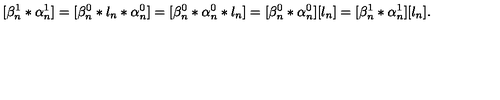
[ \beta _ { n } ^ { 1 } * \alpha _ { n } ^ { 1 } ] = [ \beta _ { n } ^ { 0 } * l _ { n } * \alpha _ { n } ^ { 0 } ] = [ \beta _ { n } ^ { 0 } * \alpha _ { n } ^ { 0 } * l _ { n } ] = [ \beta _ { n } ^ { 0 } * \alpha _ { n } ^ { 0 } ] [ l _ { n } ] = [ \beta _ { n } ^ { 1 } * \alpha _ { n } ^ { 1 } ] [ l _ { n } ] .